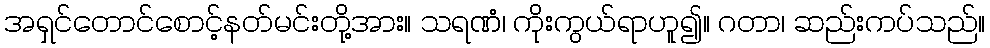
အရှင်တောင်စောင့်နတ်မင်းတို့အား။ သရဏံ၊ ကိုးကွယ်ရာဟူ၍။ ဂတာ၊ ဆည်းကပ်သည်။